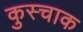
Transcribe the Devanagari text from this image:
कुस्चाक